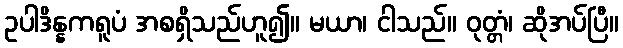
ဥပါဒိန္နကရူပံ အစရှိသည်ဟူ၍။ မယာ၊ ငါသည်။ ဝုတ္တံ၊ ဆိုအပ်ပြီ။